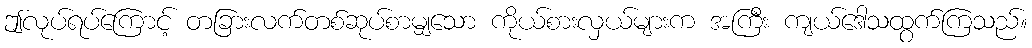
ဤလုပ်ရပ်ကြောင့် တခြားလက်တစ်ဆုပ်စာမျှသော ကိုယ်စားလှယ်များက အကြီး ကျယ်ဒေါသထွက်ကြသည်။